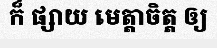
ក៏ ផ្សាយ មេត្តាចិត្ត ឲ្យ